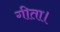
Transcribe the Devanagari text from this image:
गीता।